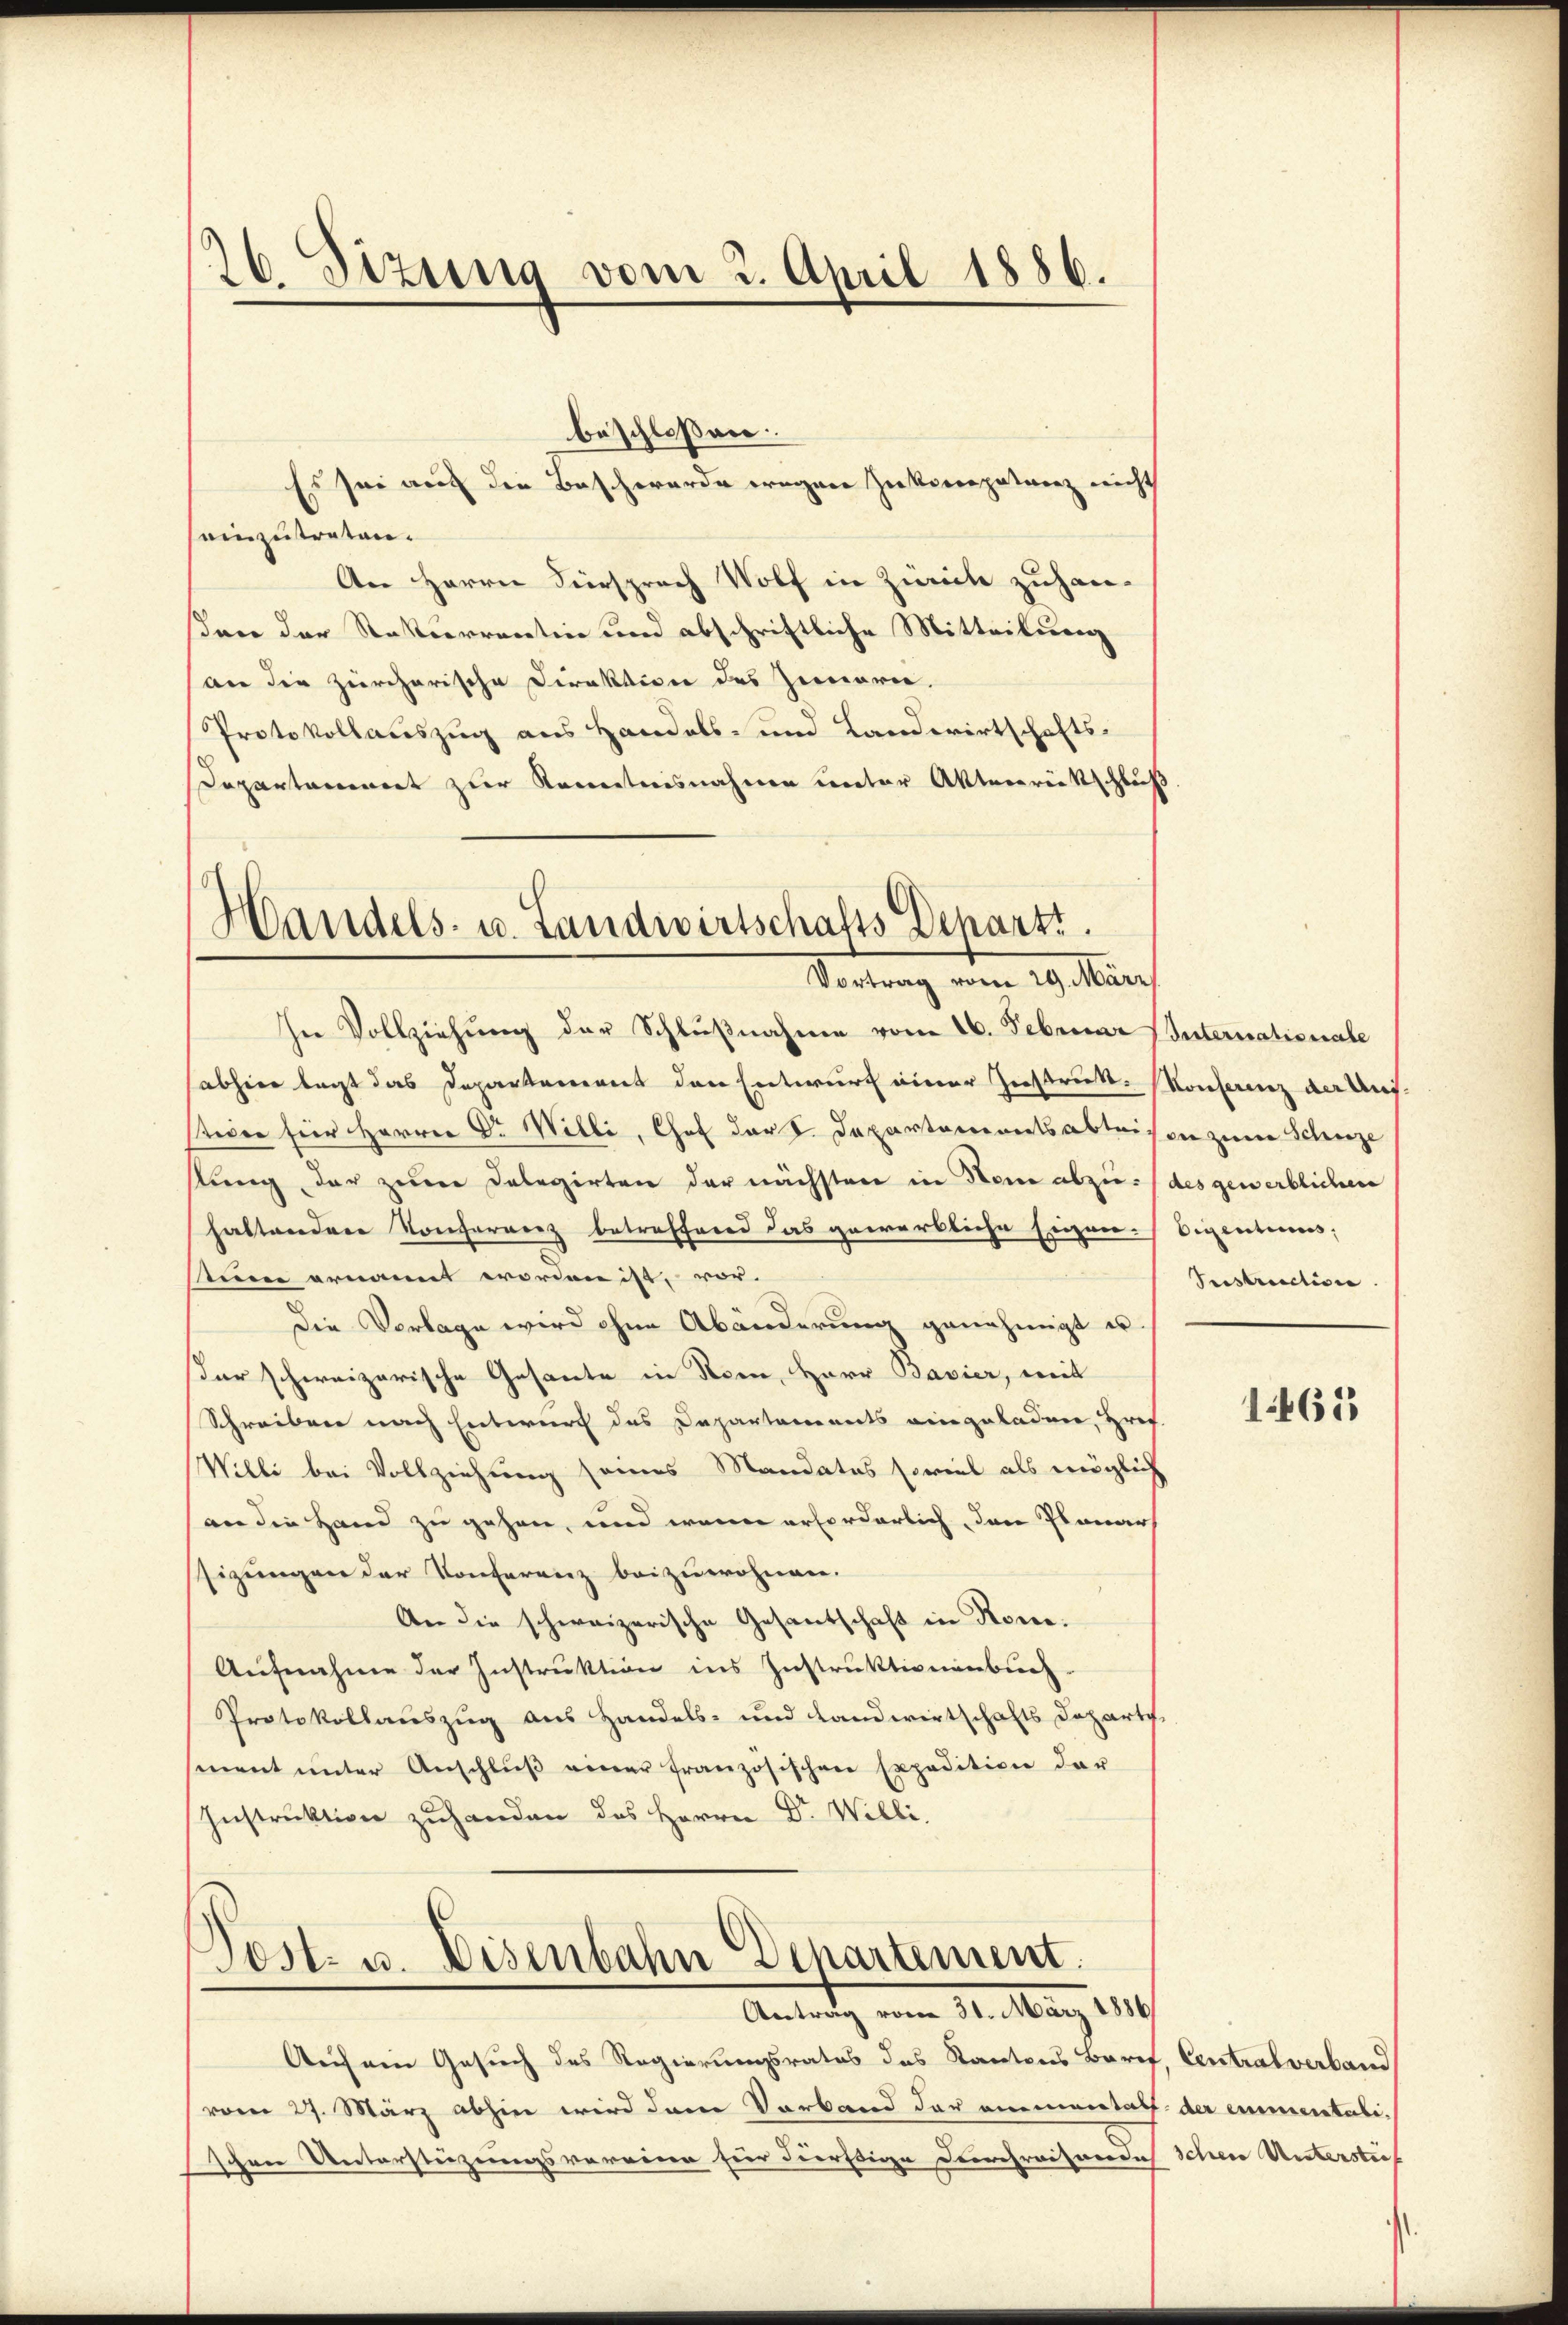
16. Sizung vom 2. April 1886.

beschlossen
Es sei aus die Beschwerde wegen Ziekorpatanz nicht
einzutreten.
An Herrn Viersprach Wolf in Zürich zuhan-
ßene der Rekurrentin und abschriftliche Mitteilung
an die zürcherische Direktion des Zimmerie.
Protokollauszug aus Handels- und Landwirtschafts-
Departamiert zur Kenntnisnahmen unter Aktenrückschluß

Handels- u. Landwirtschafts Departs.
Vortrag vom 29. März

In Vollziehung der Schlŭβnahme vom 26. Februar Internationale
(abheer legt das Departement den Entwurf einer Instruk-Konferenz der Auf
steder für Herrn Dr Willi, Chef der K. Departementsabteisen zum Schuze
stung der zum Delegirten der nächsten in Sei abzu-/ des gewerblichen
haltendere Konferrenz betreffend das gewerbliche Eigen-Eigentums,
stum ernannt worden ist, vor.
Die Vorlage wird ohne Abänderung genehmigt u.
dar schweizerische Gesante in Rom, Herr Bavier, mit
Schreiben nach Entwurf das Departements eingeladner, Prof.
Willi bei Vollziehung seines Mandates soviel als möglich
an die Hand zu gehen, und wenn erforderlich, den sonars
Zizungen der Konferenz beizuwohnen.
An die schweizerische Gesantschaft in Rone.
Aŭfnahme der Instruktion ins Instruktionenbuch-
Protokollauszug aus Handels- und Landwirtschafts Departe
ment unter Anschluß einer französischen Expedition der
Instruktion zuhanden des Herrn Dr Willi.

.
Post- u. Disenbahn Departement.
Antrag vom 31. May 1849

Aufnen Gesuch des Regierungsrates des Kantons Barif, Centralverband
(vom 27. März abhin wird dem Verband der anmandach
schen Unterstüzungsvereine für dürstige Durchreisendich schen Unterstief

Seestruction

1465

der einmentali.